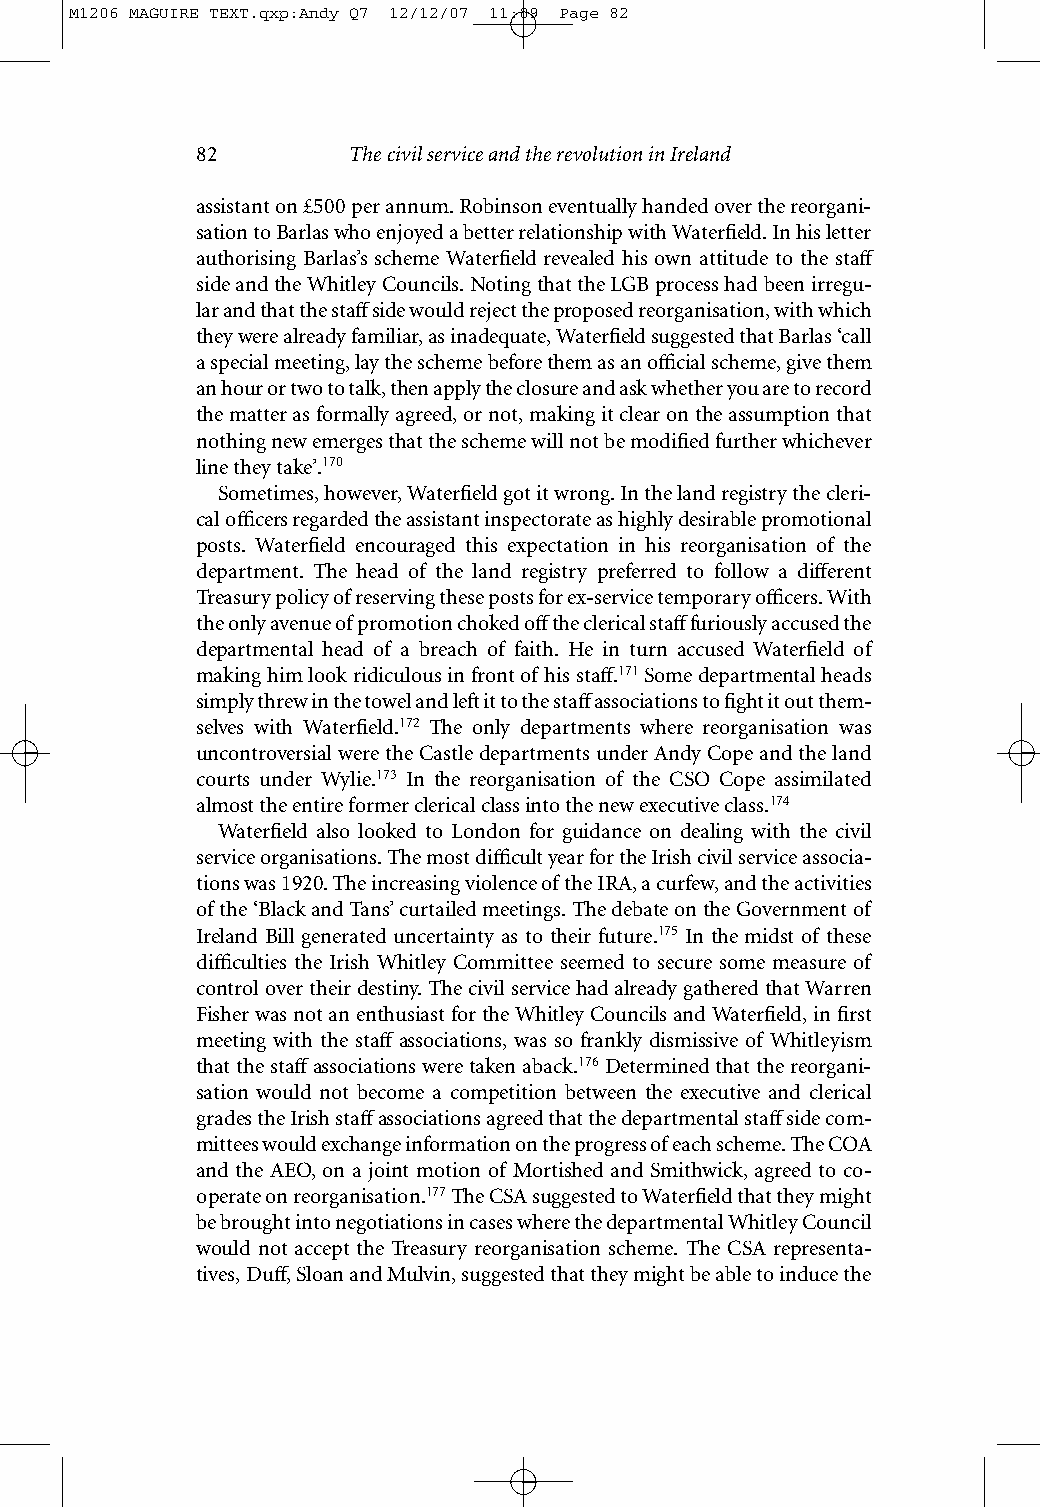
M1206 MAGUIRE TEXT.qxp:Andy Q7 12/12/07 11:09 Page 82
 82        The civil service and the revolution in Ireland
 assistant on £500 per annum. Robinson eventually handed over the reorgani-
 sation to Barlas who enjoyed a better relationship with Waterfield. In his letter
 authorising Barlas’s scheme Waterfield revealed his own attitude to the staff
 side and the Whitley Councils. Noting that the LGB process had been irregu-
 lar and that the staffside would reject the proposed reorganisation, with which
 they were already familiar, as inadequate, Waterfield suggested that Barlas ‘call
 a special meeting, lay the scheme before them as an official scheme, give them
 an hour or two to talk, then apply the closure and ask whether you are to record
 the matter as formally agreed, or not, making it clear on the assumption that
 nothing new emerges that the scheme will not be modified further whichever
 line they take’.170
 Sometimes, however, Waterfield got it wrong. In the land registry the cleri-
 cal officers regarded the assistant inspectorate as highly desirable promotional
 posts. Waterfield encouraged this expectation in his reorganisation of the
 department. The head of the land registry preferred to follow a different
 Treasury policy of reserving these posts for ex-service temporary officers. With
 the only avenue of promotion choked offthe clerical stafffuriously accused the
 departmental head of a breach of faith. He in turn accused Waterfield of
 making him look ridiculous in front of his staff.171Some departmental heads
 simply threw in the towel and left it to the staffassociations to fight it out them-
 selves with Waterfield.172 The only departments where reorganisation was
 uncontroversial were the Castle departments under Andy Cope and the land
 courts under Wylie.173 In the reorganisation of the CSO Cope assimilated
 almost the entire former clerical class into the new executive class.174
 Waterfield also looked to London for guidance on dealing with the civil
 service organisations. The most difficult year for the Irish civil service associa-
 tions was 1920. The increasing violence of the IRA, a curfew, and the activities
 of the ‘Black and Tans’ curtailed meetings. The debate on the Government of
 Ireland Bill generated uncertainty as to their future.175 In the midst of these
 difficulties the Irish Whitley Committee seemed to secure some measure of
 control over their destiny. The civil service had already gathered that Warren
 Fisher was not an enthusiast for the Whitley Councils and Waterfield, in first
 meeting with the staff associations, was so frankly dismissive of Whitleyism
 that the staffassociations were taken aback.176Determined that the reorgani-
 sation would not become a competition between the executive and clerical
 grades the Irish staffassociations agreed that the departmental staffside com-
 mittees would exchange information on the progress of each scheme. The COA
 and the AEO, on a joint motion of Mortished and Smithwick, agreed to co-
 operate on reorganisation.177The CSA suggested to Waterfield that they might
 be brought into negotiations in cases where the departmental Whitley Council
 would not accept the Treasury reorganisation scheme. The CSA representa-
 tives, Duff, Sloan and Mulvin, suggested that they might be able to induce the